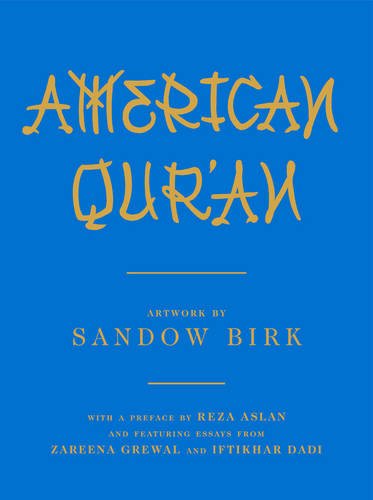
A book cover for American Qur'an; Religion & Spirituality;